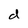
Character: d